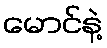
မောင်နဲ့